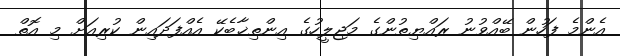
އެންމެ ފަހުން ބޭއްވުނު ރައްޔިތުންގެ މަޖިލީހުގެ އިންތިޚާބެކޭ އެއްފަދައިން ކުރިއަށް މި އޮތް